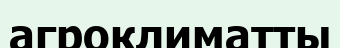
агроклиматты